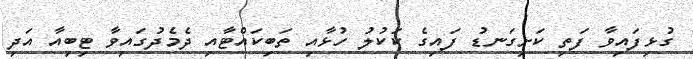
ގުޅިފައިވާ ފަތި ކަށިގަނޑު ފައިގެ ކަކުލު ހުޅާއި ތަބިކައްޓާއި ދެމެދުގައިވާ ޓިބިއާ އަދި